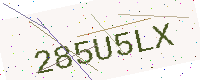
Text: 285U5LX